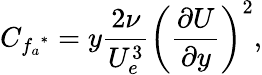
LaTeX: C_{{f_{a}}^{*}}=y\frac{2\nu}{U_{e}^{3}}\bigg(\frac{\partial U}{\partial y}\bigg)^{2},